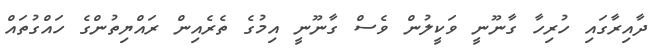
ދާއިރާގައި ހުރިހާ ގާނޫނީ ވަކީލުން ވެސް ގާނޫނީ އިމުގެ ތެރެއިން ރައްޔިތުންގެ ހައްގުތައް